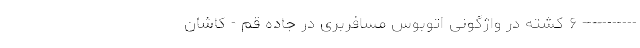
----------- ۶ کشته در واژگونی اتوبوس مسافربری در جاده قم - کاشان